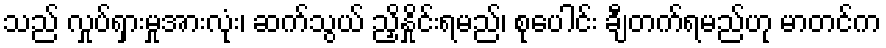
သည် လှုပ်ရှားမှုအားလုံး၊ ဆက်သွယ် ညှိနှိုင်းရမည်၊ စုပေါင်း ချီတက်ရမည်ဟု မာတင်က